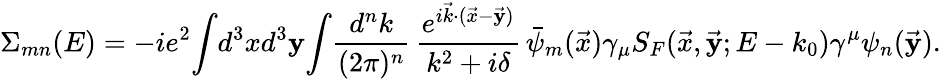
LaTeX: \Sigma_{mn}(E)=-ie^{2}\! \int\! d^{3}xd^{3}\mathbf{y}\! \int\! {\frac{{d^{n}k}}{{(2\pi)^{n}}}}\, {\frac{{e^{i\vec{{k}}\cdot(\vec{{x}}-\vec{{\mathbf{y}}})}}}{{k^{2}+i\delta}}}\, \bar{{\psi}}_{m}(\vec{{x}})\gamma_{\mu}S_{F}(\vec{{x}},\vec{{\mathbf{y}}};E-k_{0})\gamma^{\mu}\psi_{n}(\vec{{\mathbf{y}}}).